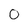
Character: 0